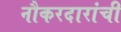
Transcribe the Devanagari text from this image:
नौकरदारांची